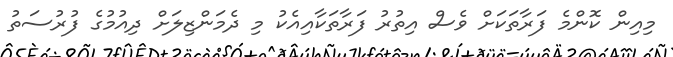
މިއިން ކޮންމެ ފަރާތަކަށް ވެސް އިތުރު ފަރާތަކާއިއެކު މި ދެމަންޒިލަށް ދިއުމުގެ ފުރުސަތު